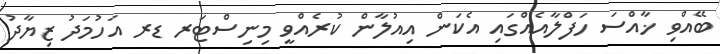
ބޭއްވި ޚާއްސަ ހަފްލާއެއްގައި އެކަން އިއުލާން ކުރެއްވީ މިނިސްޓަރ ޑރ އަހުމަދު ޒިޔާދު